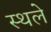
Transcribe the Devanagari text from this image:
स्थले